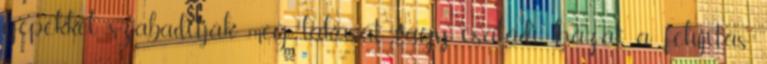
gépekkel szabadítják meg lakását, vagy családi házát a felújítás